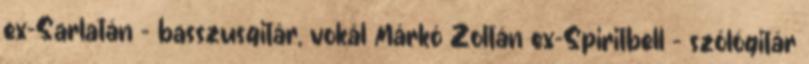
ex-Sarlatán – basszusgitár, vokál Márkó Zoltán ex-Spiritbell – szólógitár